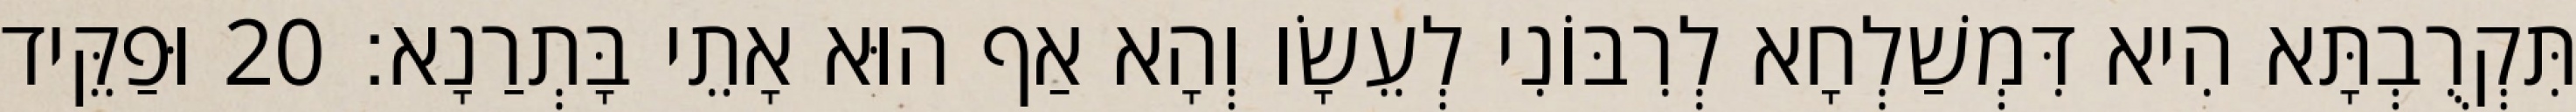
תִּקְרֻבְתָּא הִיא דִּמְשַׁלְחָא לְרִבּוֹנִי לְעֵשָׂו וְהָא אַף הוּא אָתֵי בָּתְרַנָא׃ 20 וּפַקֵּיד